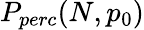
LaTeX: P_{perc}(N,p_{0})